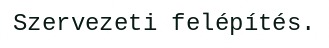
Szervezeti felépítés.